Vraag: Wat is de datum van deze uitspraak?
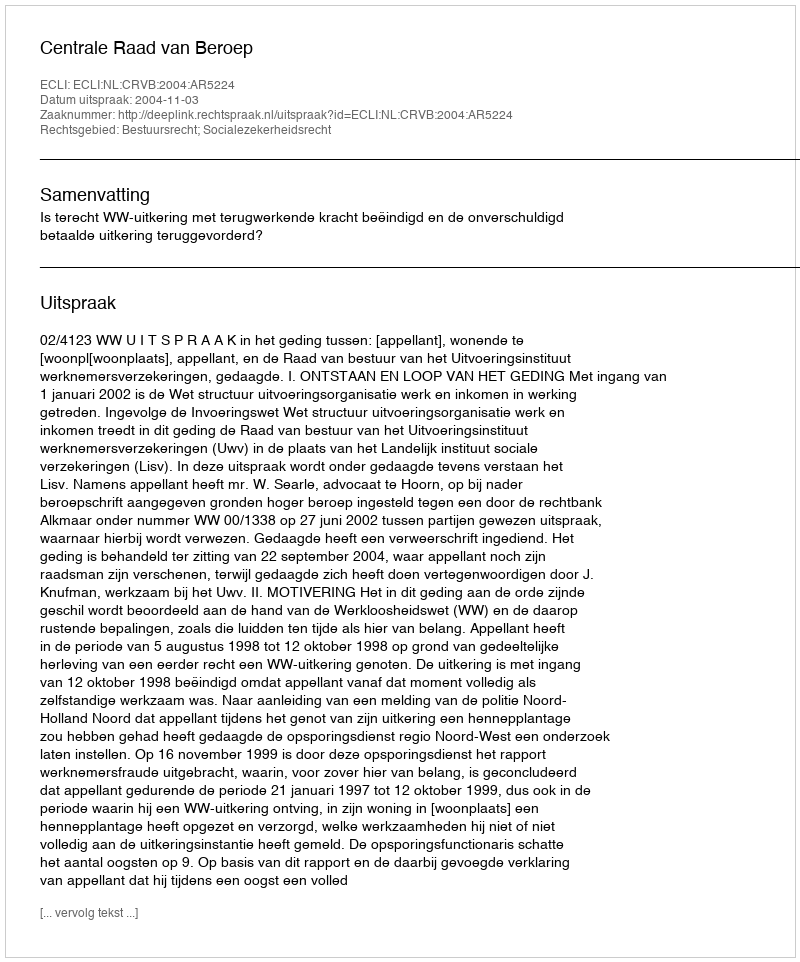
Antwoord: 2004-11-03